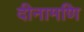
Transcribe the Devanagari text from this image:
दीनामणि